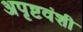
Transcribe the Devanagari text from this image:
अपृष्टवंशी